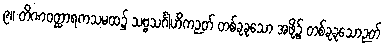
၉။ တိဏဝတ္ထာရကသမထ၌ သဗ္ဗသင်္ဂါဟိကဉတ် တစ်ခုခုသော အဖို့၌ တစ်ခုခုသောဉတ်